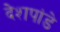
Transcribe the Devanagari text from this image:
देेशपांडे